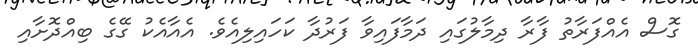
ގޮސް އެއްފަރާތު ފާރާ ދިމާލުގައި ދަމާފައިވާ ފަރުދާ ކަހައިލިއެވެ. އެއާއެކު ގޭގެ ބިއްދޮށާއި